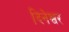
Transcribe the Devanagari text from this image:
दिनेश्वर